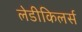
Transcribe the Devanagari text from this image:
लेडीकिलर्स